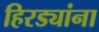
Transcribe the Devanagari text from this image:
हिरड्यांना